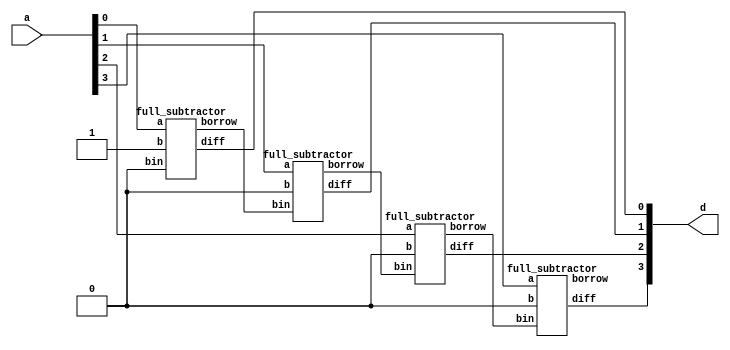
module decrementer4bit(
    input [3:0]a,
    output [3:0]d
);
  wire c0, c1, c2,c3;
 
  full_subtractor FA0(a[0], 1'b1,1'b0, d[0], c0);
  full_subtractor FA1(a[1], 1'b0, c0, d[1], c1);
  full_subtractor FA2(a[2], 1'b0, c1, d[2], c2);
  full_subtractor FA3(a[3], 1'b0, c2, d[3], c3);

endmodule

    

module full_subtractor(
    input a,
    input b,
    input bin,
    output diff,
    output borrow
);
    wire t1,t2;

    half_subtractor ha1(a,b,d1,b1);
    half_subtractor ha2(d1,bin,diff,b2);
    or_gate or1(b1,b2,borrow);

endmodule

module half_subtractor(
    input a,b,
    output diff,borrow
);

    wire abar;

    xor_gate x1(a,b,diff);
    not_gate n1(abar,a);
    and_gate a1(abar,b,borrow);

endmodule

module not_gate(
    output abar,
    input a
);
    nand(abar,a,a);

endmodule

module and_gate(
	input a,b,
	output ab
);
	wire abbar;
    
	nand(abbar,a,b);
	nand(ab,abbar,abbar);
    
endmodule

module or_gate(
	input a,b,
	output ab
);
	wire abar,bbar;
    
	nand(abar,a,a);
	nand(bbar,b,b);
	nand(ab,abar,bbar);
    
endmodule

module xor_gate(
	input a,b,
	output c
);
	wire w1,w2,w3;
    
	nand(w1,a,b);
	nand(w2,a,w1);
	nand(w3,b,w1);
	nand(c,w2,w3);
    
endmodule


module decrementer4bit_test();
  reg [3:0] a;
  wire [3:0] d;
 
  decrementer4bit a1(.a(a),.d(d));
  integer count;
 
  initial begin
    for(count=0;count<16;count=count+1)
      begin
   	 {a}=count;
   	 #20;
      end
  end

endmodule